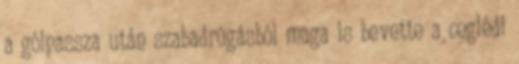
a gólpassza után szabadrúgásból maga is bevette a ceglédi